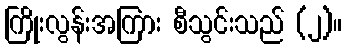
ကြိုးလွန်းအကြား စီသွင်းသည် (၂)။